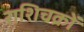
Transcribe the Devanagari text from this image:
राशिचक्रों